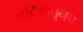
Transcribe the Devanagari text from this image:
नाटकातूनच